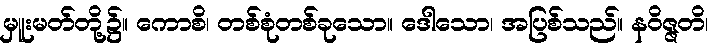
မှူးမတ်တို့၌။ ကောစိ၊ တစ်စုံတစ်ခုသော။ ဒေါသော၊ အပြစ်သည်။ နဝိဇ္ဇတိ၊